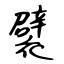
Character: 襞